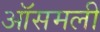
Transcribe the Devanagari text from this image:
ऑसमली